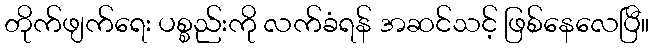
တိုက်ဖျက်ရေး ပစ္စည်းကို လက်ခံရန် အဆင်သင့် ဖြစ်နေလေပြီ။